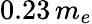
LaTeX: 0.23\, m_{e}